Lunatic asylums Madras 1892-1911 - 1892-1911
Year: 1892
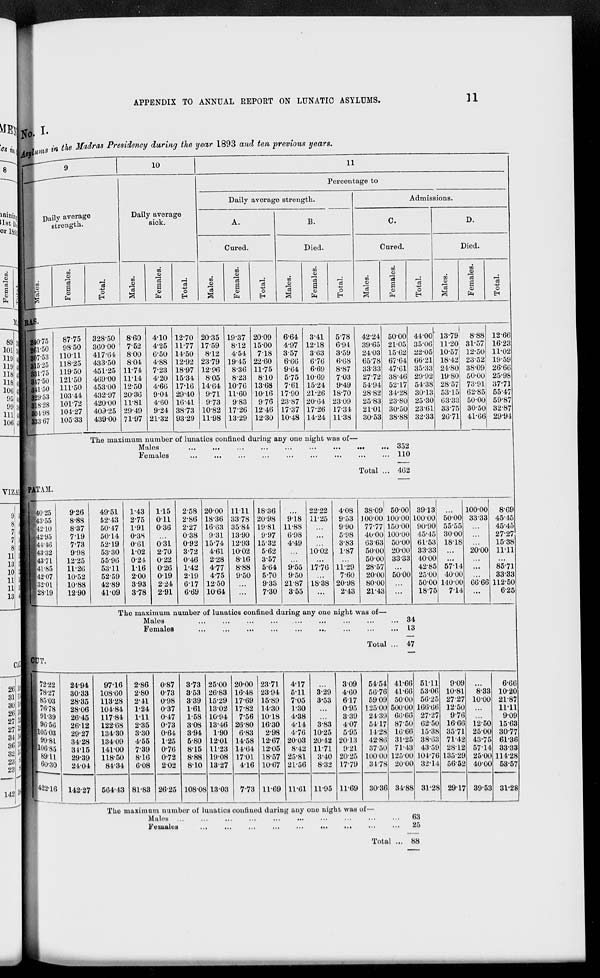
APPENDIX TO ANNUAL REPORT ON LUNATIC ASYLUMS.
11
No. I.
Asylums in the Madras Presidency during the year 1893 and ten previous years.
9
Daily average
strength.
Males.
Females.
Total.
10
Daily average
sick.
Males.
Females.
Total.
11
Percentage to
Daily average strength.
A.
Cured.
Males.
Females.
Total.
B.
Died.
Males.
Females.
Total.
Admissions.
C.
Cured.
Males.
Females.
Total.
D.
Died.
Males.
Females.
Total.
RAS.
240.75
261.50
307.53
3l5.25
331.75
347.50
341.50
329.53
318.28
304.98
333.67
87.75
98.50
110.11
118.25
119.50
121.50
111.50
103.44
101.72
104.27
105.33
328.50
360.00
417.64
433.50
451.25
469.00
453.00
432.97
420.00
409.25
439.00
8.60
7.52
8.00
8.04
11.74
11.14
12.50
20.36
11.81
29.49
71.97
4.10
4.25
6.50
4.88
7.23
4.20
4.66
9.04
4.60
9.24
21.32
12.70
11.77
14.50
12.92
18.97
15.34
17.16
29.40
16.41
38.73
93.29
20.35
17.59
8.12
23.79
12.96
8.05
14.64
9.71
9.73
10.82
11.98
19.37
8.12
4.54
19.45
8.36
8.23
10.76
11.60
9.83
17.26
13.29
20.09
15.00
7.18
22.60
11.75
8.10
13.68
10.16
9.76
12.46
12.30
6.64
4.97
3.57
6.66
9.64
5.75
7.61
17.90
23.87
17.37
10.48
3.41
12.18
3.63
6.76
6.69
10.69
15.24
21.26
20.64
17.26
14.24
5.78
6.94
3.59
6.68
8.87
703
9.49
18.70
23.09
17.34
11.38
42.24
39.65
24.03
65.78
33.33
27.72
54.94
28.82
25.83
21.01
30.53
50.00
21.05
15.62
67.64
47.61
38.46
52.17
34.28
23.80
30.50
38.88
44.00
35.06
22.05
66.21
35.33
29.92
54.38
30.13
25.30
2361
32.33
13.79
11.20
10.57
18.42
24.80
19.80
28.57
53.15
63.33
33.75
26.71
8.88
31.57
12.50
23.52
38.09
50.00
73.91
62.85
50.00
30.50
41.66
12.66
16.23
11.02
19.59
26.66
25.98
37.71
55.47
59.87
32.87
29.94
The maximum number of lunatics confined during any one night was of-
Males ... ... ... ... ... ... ... ... ...
Females
...
...
...
...
...
...
...
...
...
Total ...
352
110
462
PATAM.
40.25
43.55
12.10
42.95
44.46
43.32
43.71
41.85
42.07
32.01
28.19
9.26
8.88
8.37
7.19
7.73
9.98
12.25
11.26
10.52
10.88
12.90
49.51
52.43
50.47
50.14
52.19
53.30
55.96
53.11
52.59
42.89
41.09
1.43
2.75
1.91
0.38
0.61
1.02
0.24
1.16
2.00
3.93
378
1.15
0.11
0.36
...
0.31
2.70
0.22
0.26
0.19
2.24
2.91
2.58
2.86
2.27
0.38
0.92
3.72
0.46
1.42
2.19
6.17
6.69
20.00
18.36
16.63
9.31
15.74
4.61
2.28
4.77
4.75
12.50
10.64
11.11
33.78
35.84
13.90
12.93
10.02
8.16
8.88
9.50
...
...
18.36
20.98
19.81
9.97
15.32
5.62
3.57
5.64
5.70
9.33
7.30
...
9.18
11.88
6.98
4.49
...
...
9.55
9.50
21.87
3.55
22.22
11.25
...
...
...
10.02
...
17.76
...
18.38
...
4.08
9.53
9.90
5.98
3.83
1.87
...
11.29
7.60
20.98
2.43
38.09
100.00
77.77
40.00
63.63
50.00
50.00
28.57
20.00
80.00
21.43
50.00
100.00
150.00
100.00
50.00
20.00
33.33
...
50.00
...
...
39.13
100.00
90.90
45.45
61.53
33.33
40.00
42.85
25.00
50.00
18.75
...
50.00
55.55
30.00
18.18
...
...
57.14
40.00
140.00
7.14
100.00
33.33
...
...
...
20.00
...
...
...
66.66
...
8.69
45.45
45.45
27.27
15.38
11.11
...
85.71
33.33
112.50
6.25
The maximum number of lunatics confined during any one night was of—
Males ... ... ... ... ... ... ... ... ...
Females
...
...
...
...
...
...
...
...
...
Total ...
34
13
47
CUT.
72.22
78.27
85.03
76.78
91.39
96.56
105.03
99.81
106.85
89.11
60.30
422.16
24.94
30.33
28.35
28.06
26.45
26.12
29.27
34.28
34.15
29.39
24.04
142.27
97.16
108.60
113.28
104.84
117.84
122.68
134.30
134.09
141.00
118.50
84.34
564.43
2.86
2.80
2.41
1.24
1.11
2.35
3.30
4.55
7.39
8.16
6.08
81.83
0.87
0.73
0.98
0.37
0.47
0.73
0.64
1.25
0.76
0.72
2.02
26.25
3.73
3.53
3.39
1.61
1.58
3.08
3.94
5.80
8.15
8.88
8.10
108.08
25.00
26.83
15.29
13.02
10.94
13.46
1.90
12.01
11.23
19.08
13.27
13.03
20.00
16.48
17.69
17.82
7.56
26.80
6.83
14.58
14.64
17.01
4.16
7.73
23.71
23.94
15.89
14.30
10.18
16.30
2.98
12.67
12.05
18.57
10.67
11.69
4.17
5.11
7.05
1.30
4.38
4.14
4.76
20.03
8.42
25.81
21.56
11.61
...
3.29
3.53
...
...
3.83
10.25
20.42
11.71
3.40
8.32
11.95
3.09
4.60
6.17
0.95
3.39
4.07
5.95
20.13
9.21
20.25
17.79
11.69
54.54
56.76
59.09
125.00
24.39
54.17
14.28
42.86
37.50
100.00
34.78
30.36
41.66
41.66
50.00
500.00
66.66
87.50
16.66
31.25
71.43
125.00
20.00
34.88
51.11
53.06
56.25
166.66
27.27
62.50
15.38
38.63
43.59
104.76
32.14
31.28
9.09
10.81
27.27
12.50
9.76
16.66
35.71
71.42
28.12
135.29
5652
29.17
...
8.33
10.00
...
...
12.50
25.00
43.75
57.14
25.00
40.00
39.53
6.66
10.20
21.87
11.11
9.09
15.63
30.77
61.36
33.33
114.28
53.57
31.28
The maximum number of lunatics confined during any one night was of—
Males ... ... ... ... ... ... ... ... ...
Females
...
...
...
...
...
...
...
...
...
Total ...
63
25
88